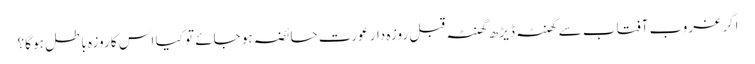
اگر غروب آفتاب سے گھنٹہ ڈیڑھ گھنٹہ قبل روزہ دار عورت حائضہ ہو جائے تو کیا اس کا روزہ باطل ہو گا؟